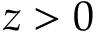
z > 0